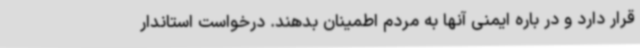
قرار دارد و در باره ایمنی آنها به مردم اطمینان بدهند. درخواست استاندار